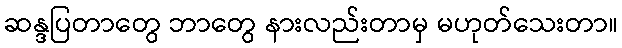
ဆန္ဒပြတာတွေ ဘာတွေ နားလည်းတာမှ မဟုတ်သေးတာ။